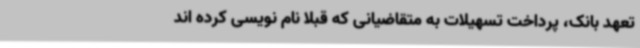
تعهد بانک، پرداخت تسهیلات به متقاضیانی که قبلا نام نویسی کرده اند